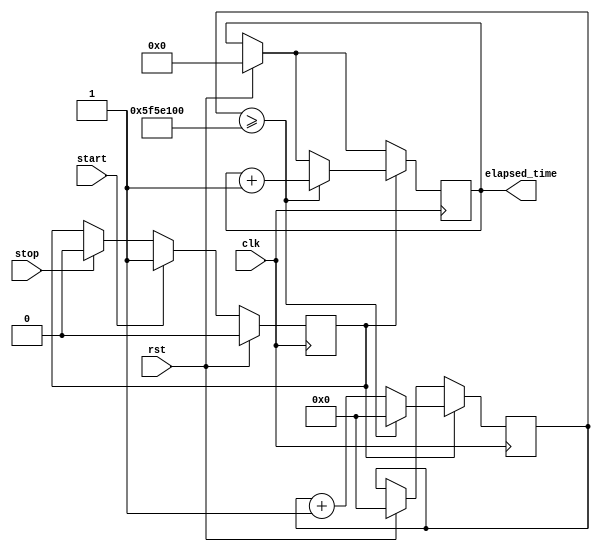
module stopwatch(
    input clk,         // Main clock signal
    input rst,         // Reset signal
    input stop,  // Start/Stop control signal
    input start,  // Start/Stop control signal
    output reg [31:0] elapsed_time // Elapsed time in seconds
);

reg [26:0] counter;       // Counter for the clock cycles
reg running;              // Indicates if the stopwatch is running


always @(posedge clk ) begin
    if (rst) begin
        counter <= 0;
        elapsed_time <= 0;
        running <= 0;
    end
    else if(start) begin
        running <= 1;
    end
    else if (stop) begin
        running <= 0; 
    end
    if (running) begin
        counter <= counter + 1;
        if (counter >= 100_000_000) begin // When one second has passed
            elapsed_time <= elapsed_time + 1; // Increment elapsed time
            counter <= 0; // Reset counter
        end
    end
end

endmodule